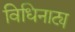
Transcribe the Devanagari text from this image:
विधिनाट्य